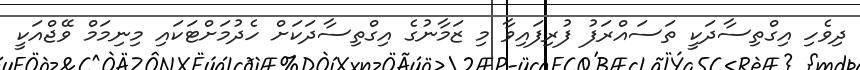
ދިވެހި އިގްތިސާދަކީ ތަސައްރަފު ފުރިފައިވާ މި ޒަމާނުގެ އިގްތިސާދަކަށް ހެދުމަށްޓަކައި މިނިމަމް ވޭޖްއަކީ